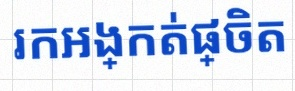
រកអង្កត់ផ្ចិត